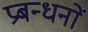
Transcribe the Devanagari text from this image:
प्रबन्धनाें